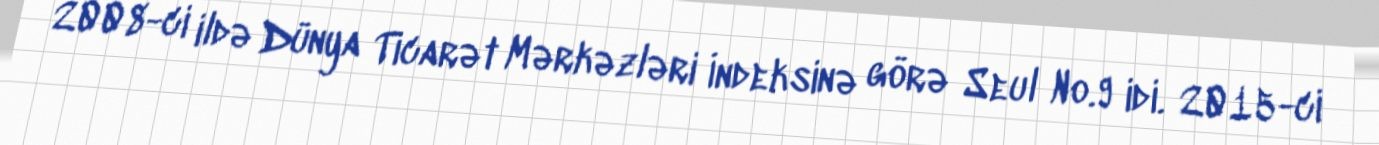
2008-ci ildə Dünya Ticarət Mərkəzləri İndeksinə görə Seul No.9 idi. 2015-ci